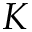
K